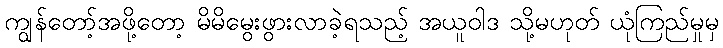
ကျွန်တော့်အဖို့တော့ မိမိမွေးဖွားလာခဲ့ရသည့် အယူဝါဒ သို့မဟုတ် ယုံကြည်မှုမှ